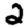
Digit: 2